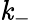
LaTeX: \mathit{k}_{-}